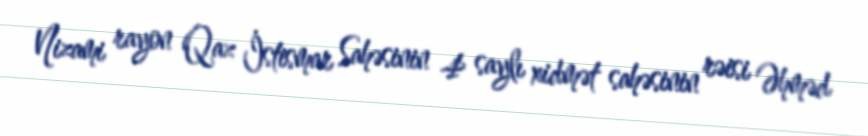
Nizami rayon Qaz İstismar Sahəsinin 4 saylı xidmət sahəsinin rəisi Əhməd